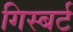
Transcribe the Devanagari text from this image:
गिस्बर्ट